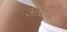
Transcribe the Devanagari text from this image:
आर्टेज